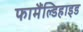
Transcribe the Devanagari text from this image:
फामैंल्डिहाइड